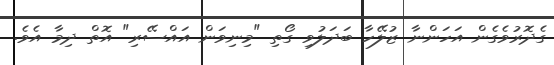
ގެދޮރުވެގެން އަހަންނާ ޒުލޭހާ ބަދަލުވި ގޯތި "މިނިވަން އައްސޭރި" އޮތް ދިމާ އެވެ.